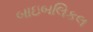
બાઇબલિકલ